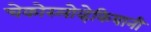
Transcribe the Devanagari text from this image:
चेकोस्लोव्हेकियानी